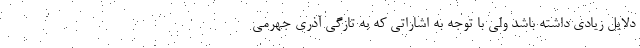
دلایل زیادی داشته باشد ولی با توجه به اشاراتی که به‌ تازگی آذری‌ جهرمی